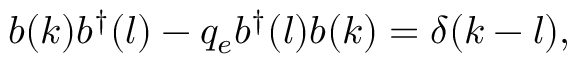
b ( k ) b ^ { \dagger } ( l ) - q _ { e } b ^ { \dagger } ( l ) b ( k ) = \delta ( k - l ) ,